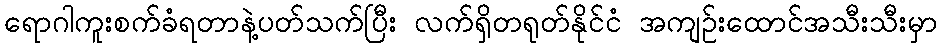
ရောဂါကူးစက်ခံရတာနဲ့ပတ်သက်ပြီး လက်ရှိတရုတ်နိုင်ငံ အကျဉ်းထောင်အသီးသီးမှာ